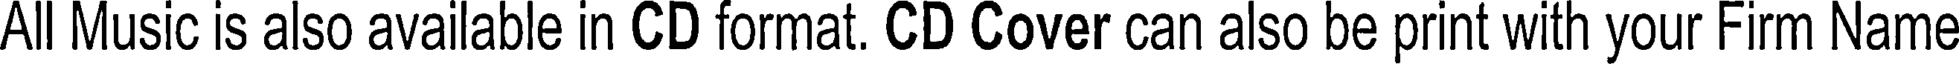
All Music is also available in CD format. CD Cover can also be print with your Firm Name